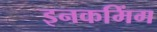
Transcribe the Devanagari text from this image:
इनकमिंग